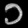
Digit: ၁